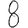
Digit: 8